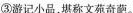
③游记小品，堪称文苑奇葩。